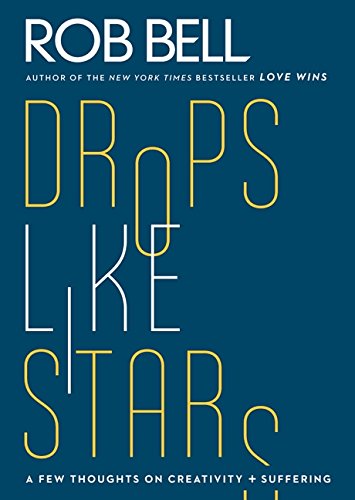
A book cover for Drops Like Stars: A Few Thoughts on Creativity and Suffering; Rob Bell; Christian Books & Bibles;